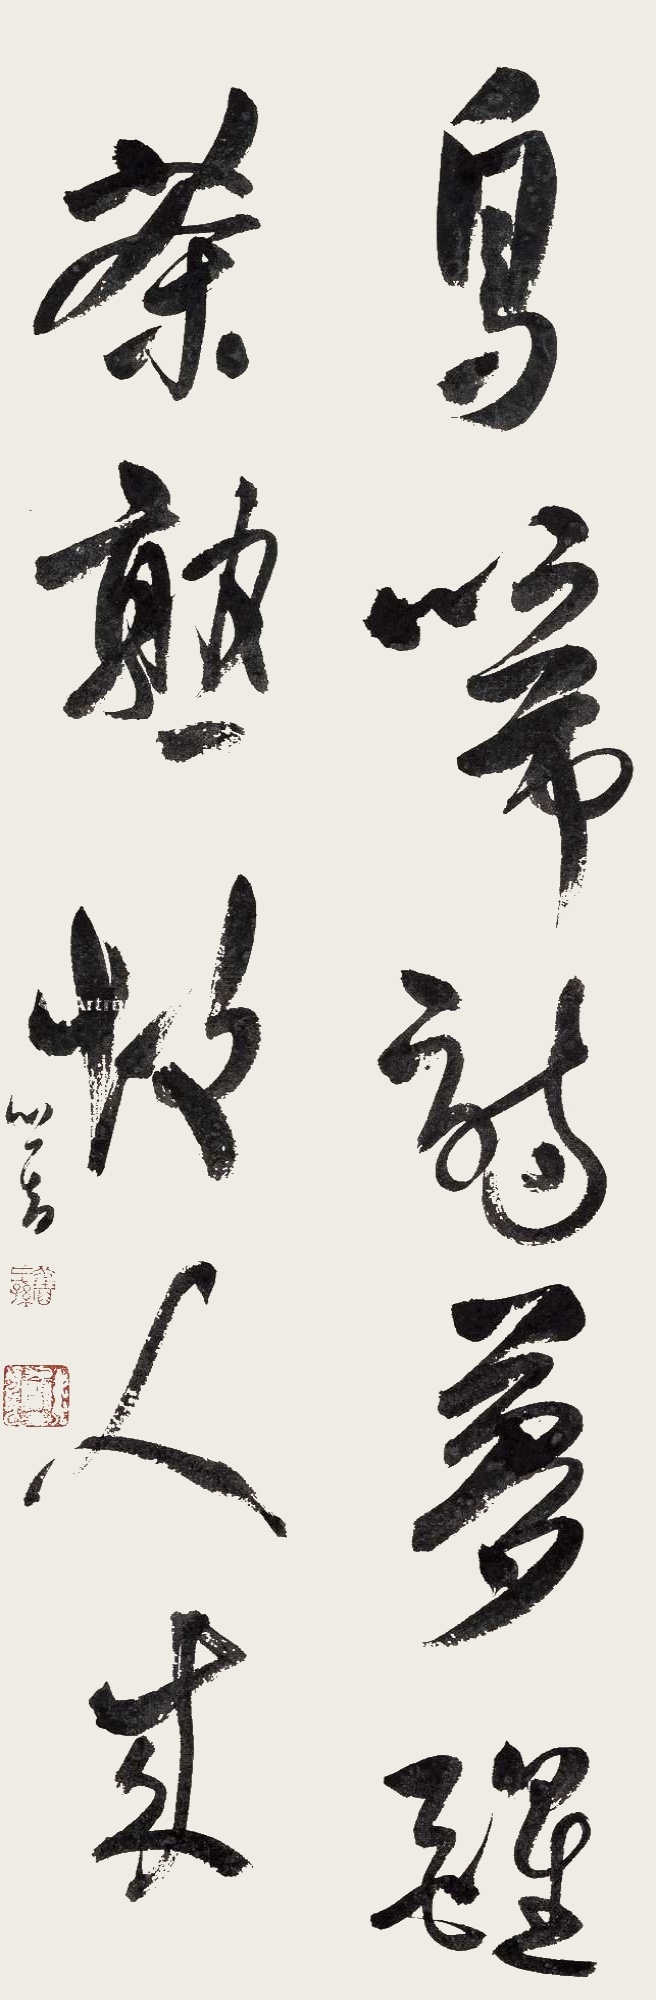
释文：鸟啼诗梦醒，茶熟故人来。心畬。